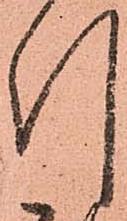
引